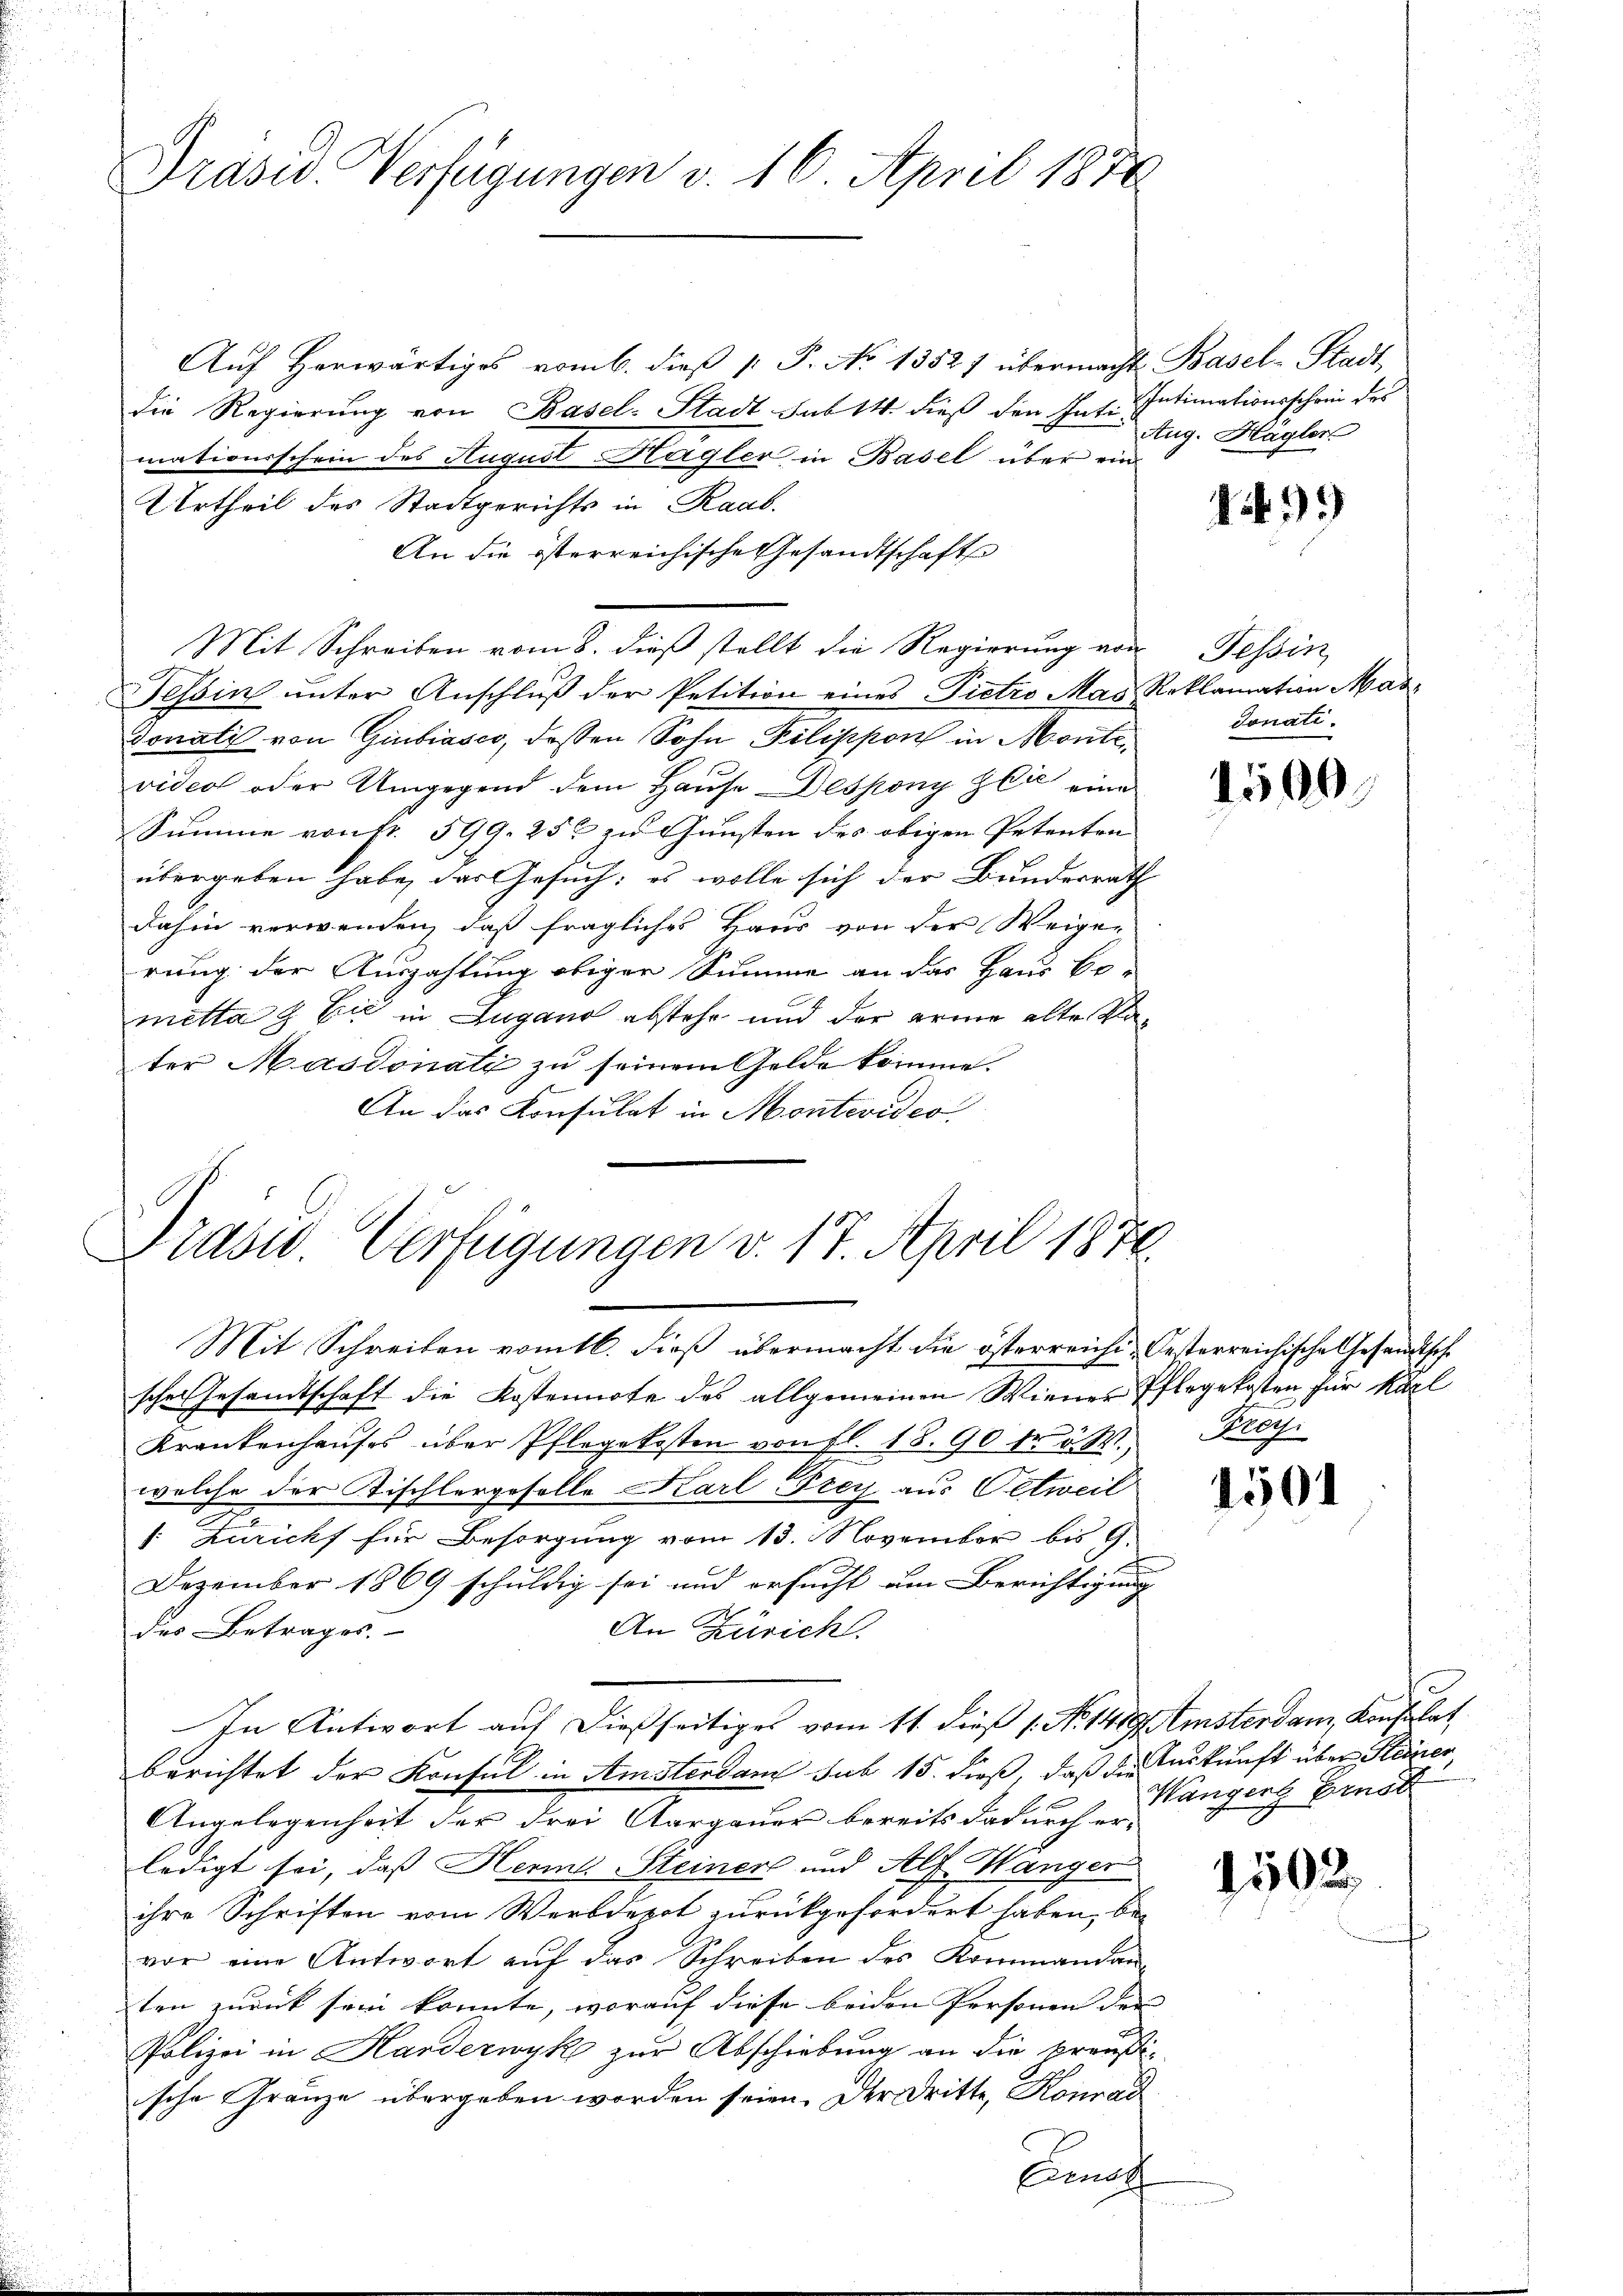
Präsid. Verfügungen v. 16. April 1870

Aŭf herwärtiges vom 6. dieβ p. P. No 1352) übermacht Basel-Stadt
die Regierung von Basel-Stadt sub 14. dieß den Int. Intimationsschein des
mationsschein des August Hagler in Basel über ein
Urtheil des Stadtgerichts in Raab.
An die österreichische Gesandtschafts
Mit Schreiben vom 8. dieß stellt die Regierung von Tessin,
Tessin ŭnter Anschlŭβ der Petition eines Pietro Mas Reklamation Mari
donati von Giubiasco, dessen Sohn Pilippon in Montevideo oder Umgegend dem Hause Despony zu eine
Summe von fr. 599. 252 zu Gunsten des obigen Petenten
übergeben habe, das Gesuch: es wolle sich der Bundesrath
dahin verwenden, daß fragliches Haus von der Weiger
rung der Auszahlung obiger Summe an das Haus Bo-
metta & Cie in Lugano abstehe und der arme alte Kater Masdonatz zu seinem Gelde komme.
An das Konsulat in Montevideo

Drasw. Verfügungen v. 17. April 1876.

Aug. Hagler

Mit Schreiben vom 16. dieß übermacht die österreichi- Oesterreichische Gesandtsche
scher Gesandtschaft die Kostennote des allgemeinen Wiener Pflegekosten für Karl
Krankenhauses über Pflegekosten von fl. 18. 90 fr 5 M.
welche der Tischlergeselle Karl Frey aus Oetweil
. Züricht für Besorgung vom 13. November bis 9.
Dezember 1869 schuldig sei und ersucht um Berichtigung
des Betrages.
An Zürich.
In Antwort auf dießseitiges vom 11. dieß 1. No. 1419 Amsterdam, Konsulat
berichtet der Konsul in Amsterdam sub 15. dieß, daß die Auskunft über Steiner,
Angelegenheit der drei Aargauer bereits dadurch er-
ledigt sei, daß Herm. Steiners und Alf Wanger
ihre Schriften vom Werbdepot zurückgefordert haben, be-
vor eine Antwort auf das Schreiben des Kommandan-
ten zurück sein konnte, worauf diese beiden Personen der
Polizei in Harderwyk zur Abschiebung an die preußische Gränze übergeben worden seien. Der Dritte, Konrad
Einach

.

19)

Jonati.

1500

Frey.

1501

e
Wangen Ernst

1502